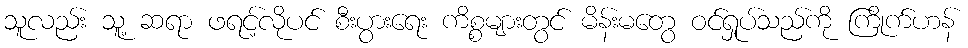
သူလည်း သူ့ ဆရာ ဖရင့်လိုပင် စီးပွားရေး ကိစ္စများတွင် မိန်းမတွေ ဝင်ရှုပ်သည်ကို ကြိုက်ဟန်